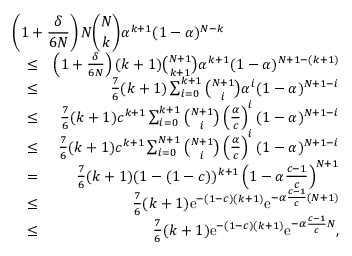
\begin{array} { r l r } { \lefteqn { \left( 1 + \frac { \delta } { 6 N } \right) N { \binom { N } { k } } \alpha ^ { k + 1 } ( 1 - \alpha ) ^ { N - k } } } \\ & { \leq } & { \left( 1 + \frac { \delta } { 6 N } \right) ( k + 1 ) { \binom { N + 1 } { k + 1 } } \alpha ^ { k + 1 } ( 1 - \alpha ) ^ { N + 1 - ( k + 1 ) } } \\ & { \leq } & { \frac { 7 } { 6 } ( k + 1 ) \sum _ { i = 0 } ^ { k + 1 } { \binom { N + 1 } { i } } \alpha ^ { i } ( 1 - \alpha ) ^ { N + 1 - i } } \\ & { \leq } & { \frac { 7 } { 6 } ( k + 1 ) c ^ { k + 1 } \sum _ { i = 0 } ^ { k + 1 } { \binom { N + 1 } { i } } \left( \frac { \alpha } { c } \right) ^ { i } ( 1 - \alpha ) ^ { N + 1 - i } } \\ & { \leq } & { \frac { 7 } { 6 } ( k + 1 ) c ^ { k + 1 } \sum _ { i = 0 } ^ { N + 1 } { \binom { N + 1 } { i } } \left( \frac { \alpha } { c } \right) ^ { i } ( 1 - \alpha ) ^ { N + 1 - i } } \\ & { = } & { \frac { 7 } { 6 } ( k + 1 ) ( 1 - ( 1 - c ) ) ^ { k + 1 } \left( 1 - \alpha \frac { c - 1 } { c } \right) ^ { N + 1 } } \\ & { \leq } & { \frac { 7 } { 6 } ( k + 1 ) \mathrm { e } ^ { - ( 1 - c ) ( k + 1 ) } \mathrm { e } ^ { - \alpha \frac { c - 1 } { c } ( N + 1 ) } } \\ & { \leq } & { \frac { 7 } { 6 } ( k + 1 ) \mathrm { e } ^ { - ( 1 - c ) ( k + 1 ) } \mathrm { e } ^ { - \alpha \frac { c - 1 } { c } N } , } \end{array}